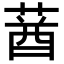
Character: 𦳷